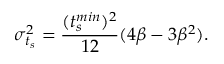
\sigma _ { t _ { s } } ^ { 2 } = \frac { ( t _ { s } ^ { m i n } ) ^ { 2 } } { 1 2 } ( 4 \beta - 3 \beta ^ { 2 } ) .